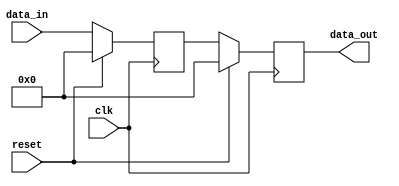
module behavioral_model (
    input wire clk,      // Clock input
    input wire reset,    // Reset input
    input wire [7:0] data_in, // 8-bit input data
    output reg [7:0] data_out // 8-bit output data
);

// Internal signal declaration
reg [7:0] current_state; // Current state of the design
reg [7:0] next_state;    // Next state of the design

// Optional initial block to set initial values
initial begin
    current_state = 8'b0; // Initialize current state to zero
    data_out = 8'b0;      // Initialize output to zero
end

// Always block sensitive to the positive edge of clk
always @(posedge clk) begin
    if (reset) begin
        // Reset condition: Initialize to a known state
        current_state <= 8'b0; // Reset current state
        data_out <= 8'b0;      // Reset output
    end else begin
        // Update current state and output based on input data
        current_state <= next_state; // Move to the next state
        data_out <= current_state;    // Output current state
    end
end

// Combinational logic to determine next state
always @(*) begin
    // Example logic to set next state based on input
    next_state = data_in; // For instance, next state is simply the input
    // Add more complex state transition logic as needed
end

endmodule